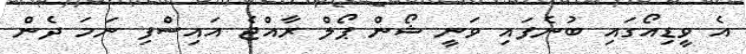
އެ ވީޑިއޯގައި ބުނެފައި ވަނީ ޝޯން ޕޯލް ރާއްޖެ އައިސްފި ނަމަ ދެން